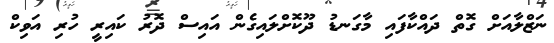
ނަޒްލާއަށް ގޮތް ދައްކާފައި މާގަނޑު ދޫކޮށްލައިގެން އައިސް ދޮރު ކައިރީ ހުރި އަވިކް